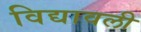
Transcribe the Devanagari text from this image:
विद्यावली